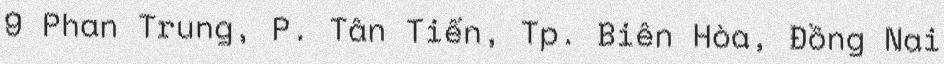
9 Phan Trung, P. Tân Tiến, Tp. Biên Hòa, Đồng Nai